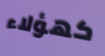
كهؤلاء